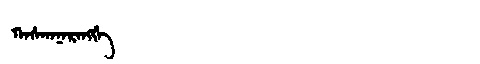
Manchu: ᡴᠠᠰᡴᠠᠨᠠᡵᠠᠩᡤᡝ
Romanization: KASKANARANGGE